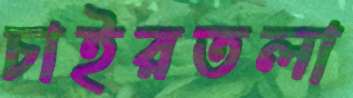
চাইরতলা